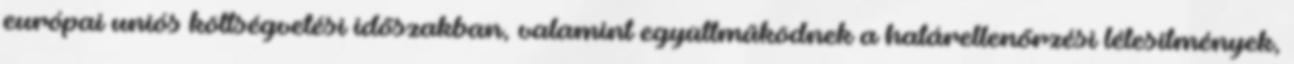
európai uniós költségvetési időszakban, valamint együttműködnek a határellenőrzési létesítmények,